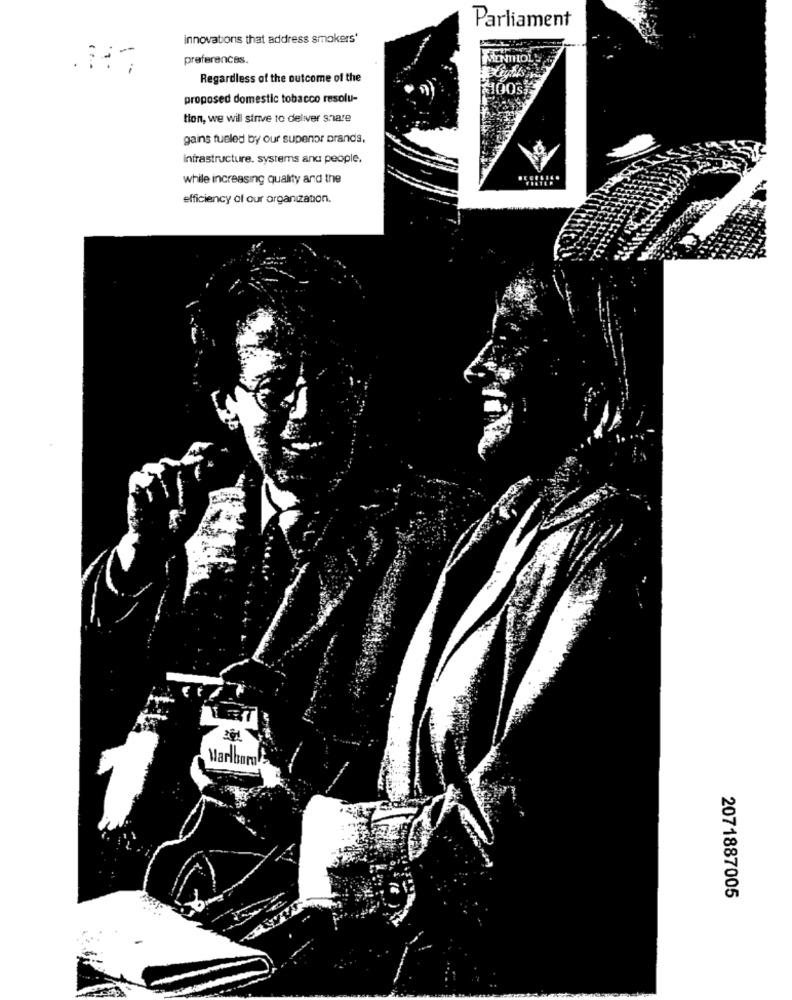
Parliament
innovations that address smokers'
preferences.
Regardless of the outcome of the
proposed domestic tobacco resolu-
ton, we will strive to deliver share
gains fueled by our supenor brands.
infrastructure. systems and people.
while increasing quality and the
efficiency of our organization.
Marlboro
2071887005